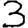
Digit: 3